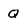
Character: q